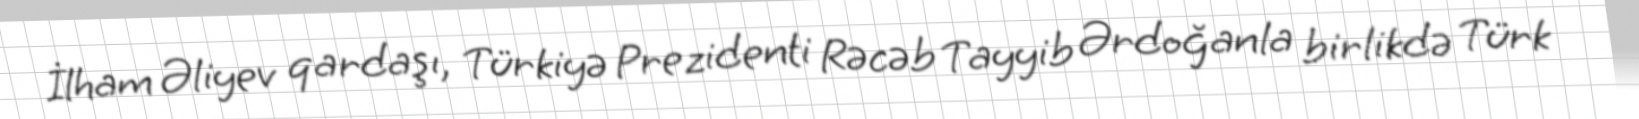
İlham Əliyev qardaşı, Türkiyə Prezidenti Rəcəb Tayyib Ərdoğanla birlikdə Türk